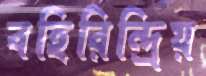
বহিরিন্দ্রিয়